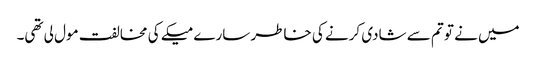
میں نے تو تم سے شادی کرنے کی خاطر سارے میکے کی مخالفت مول لی تھی۔